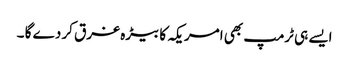
ایسے ہی ٹرمپ بھی امریکہ کا بیڑہ غرق کر دے گا ۔